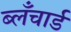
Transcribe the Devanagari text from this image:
ब्लँचार्ड